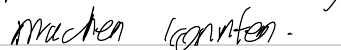
machen konnten.